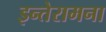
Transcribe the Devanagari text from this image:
इन्तेरामना